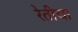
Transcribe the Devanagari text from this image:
रेतीचा